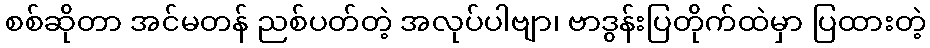
စစ်ဆိုတာ အင်မတန် ညစ်ပတ်တဲ့ အလုပ်ပါဗျာ၊ ဗာဒွန်းပြတိုက်ထဲမှာ ပြထားတဲ့